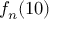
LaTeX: { f _ { n } } ( 1 0 )